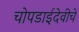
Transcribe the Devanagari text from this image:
चोपडाईदेवीचे